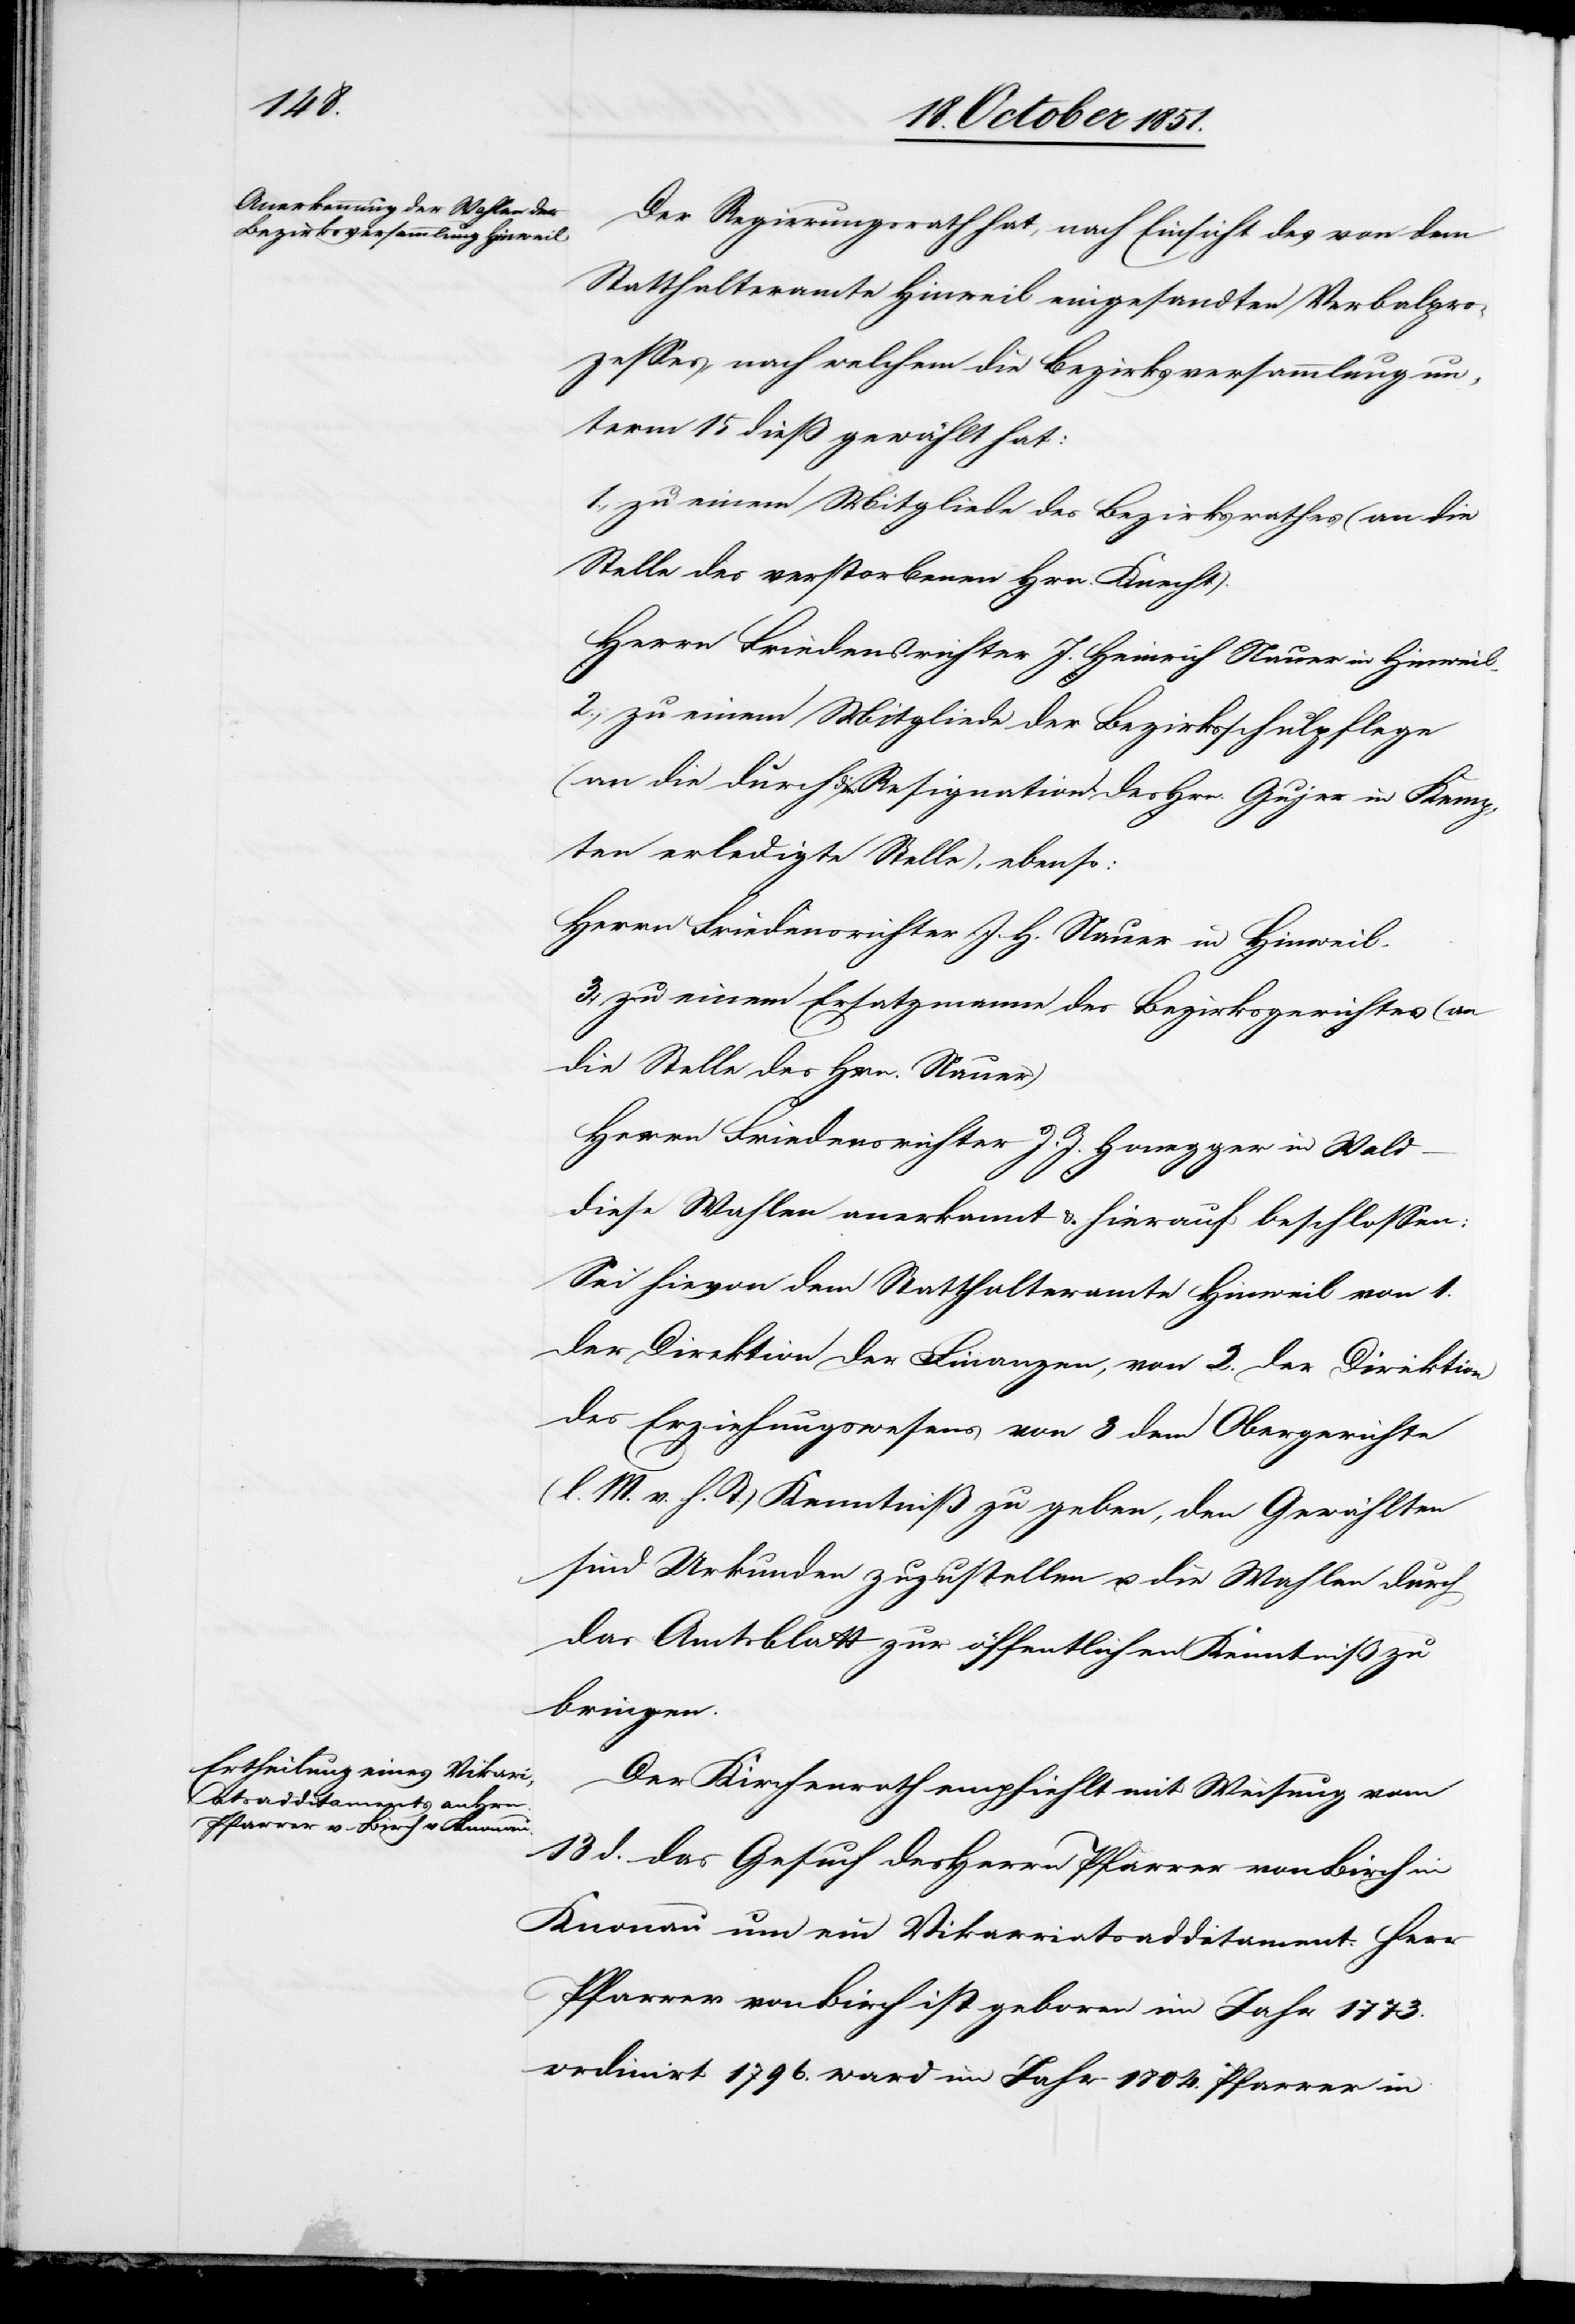
Der Regierungsrath hat, nach Einsicht des von dem
Statthalteramte Hinweil eingesandten Verbalpro¬
zesses, nach welchem die Bezirksversammlung un¬
term 15 dieß gewählt hat:
1., zu einem Mitgliede des Bezirksrathes (an die
Stelle des verstorbenen Hrn. Knecht).
Herrn Friedensrichter J. Heinrich Nauer in Hinweil.
2., zu einem Mitgliede der Bezirksschulpflege
(an die durch die Resignation des Hrn. Gujer in Kemp¬
ten erledigte Stelle), ebenso:
Herrn Friedensrichter J. H. Nauer in Hinweil.
3., zu einem Ersatzmann des Bezirksgerichtes (an
die Stelle des Hrn. Nauer)
Herrn Friedensrichter J. J. Honegger in Wald
diese Wahlen anerkannt & hierauf beschlossen:
Sei hievon dem Statthalteramte Hinweil von 1.
der Direktion der Finanzen, von 2. der Direktion
des Erziehungswesens[,] von 3 dem Obergerichte
(l. M. v. h. T.) Kenntniß zu geben, den Gewählten
sind Urkunden zuzustellen u. die Wahlen durch
das Amtsblatt zur öffentlichen Kenntniß zu
bringen.
Der Kirchenrath empfiehlt mit Weisung vom
13 d. das Gesuch des Herrn Pfarrer von Birch in
Knonau um ein Vikariatsadditament. Herr
Pfarrer von Birch ist geboren im Jahr 1773.
ordinirt 1796. ward im Jahr 1804. Pfarrer in